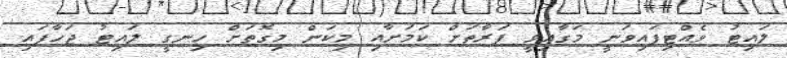
ލައިޓު ވެއްޓިފައިވަނީ މަގާއިވީ ފަރާތަށް ކަމަށާއި މިކަން މިގޮތަށް ހިނގީ ލައިޓު ޖަހާފައި